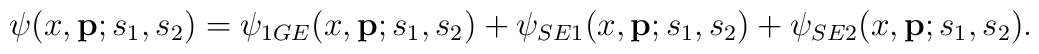
\psi(x,{\bf p};s_1,s_2)=\psi_{1GE}(x,{\bf p};s_1,s_2)+\psi_{SE1}(x,{\bf p};s_1,s_2)+\psi_{SE2}(x,{\bf p};s_1,s_2).